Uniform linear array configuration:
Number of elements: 12
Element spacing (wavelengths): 1
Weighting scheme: uniform
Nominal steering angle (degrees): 30
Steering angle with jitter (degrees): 29.277
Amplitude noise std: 0.05
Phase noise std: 0.05

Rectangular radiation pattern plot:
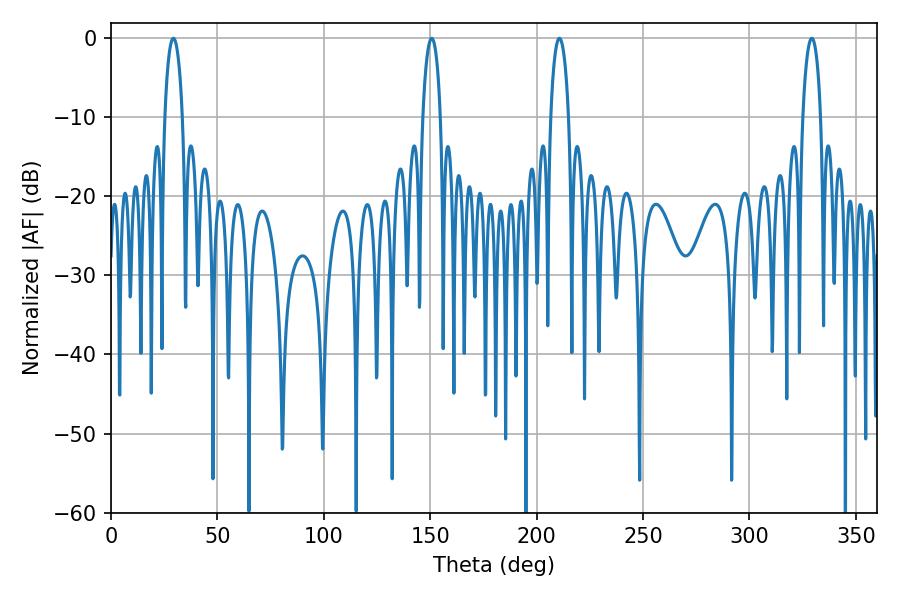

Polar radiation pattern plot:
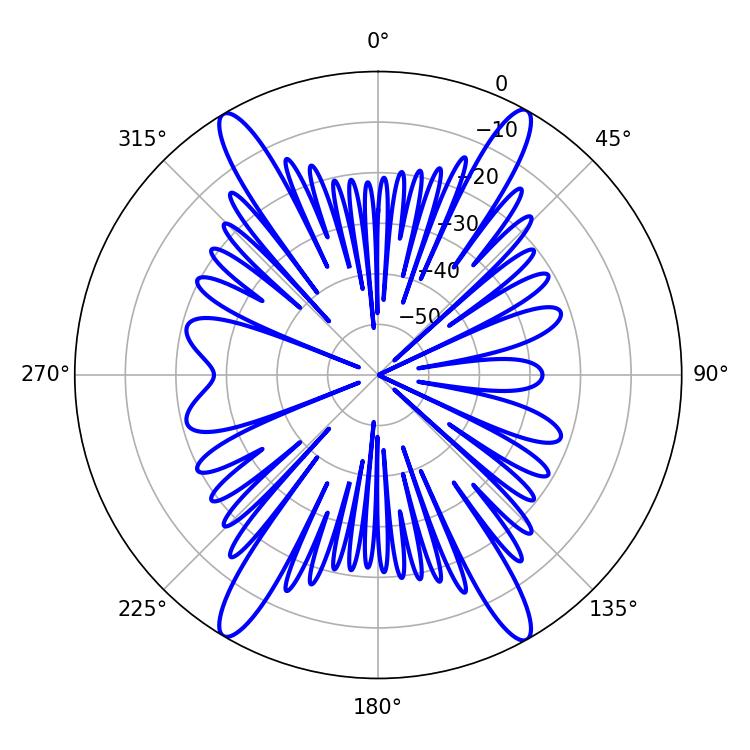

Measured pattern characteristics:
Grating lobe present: TRUE
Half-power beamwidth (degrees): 4.68
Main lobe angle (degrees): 29.34